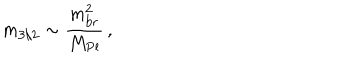
m _ { 3 / 2 } \sim \frac { m _ { \mathrm { b r } } ^ { 2 } } { M _ { \mathrm { P l } } } \, ,